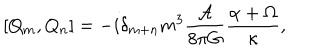
\left[ Q _ { m } , Q _ { n } \right] = - i \delta _ { m + n } m ^ { 3 } \frac { { \cal A } } { 8 \pi G } \frac { \alpha + \Omega } { \kappa } ,